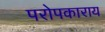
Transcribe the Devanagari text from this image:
परोपकाराय